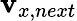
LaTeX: \mathbf{v}_{x,next}